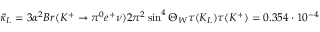
\bar { \kappa } _ { L } = { 3 \alpha ^ { 2 } B r ( K ^ { + } \to \pi ^ { 0 } e ^ { + } \nu ) \o 2 \pi ^ { 2 } \sin ^ { 4 } \Theta _ { W } } { \tau ( K _ { L } ) \o \tau ( K ^ { + } ) } = 0 . 3 5 4 \cdot 1 0 ^ { - 4 }